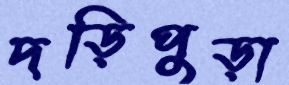
দড়িপুড়া